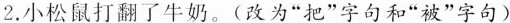
2.小松鼠打翻了牛奶。(改为”把”字句和”被”字句)